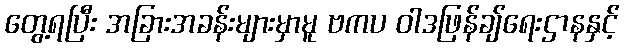
တွေ့ရပြီး အခြားအခန်းများမှာမူ ဗကပ ဝါဒဖြန်ချ်ရေးဌာနနှင့်